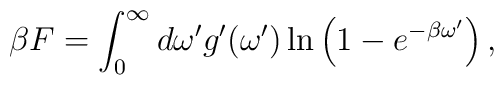
\beta F =  \int_0^\infty d \omega' g' ( \omega') \ln        \left( 1 - e^{- \beta \omega'} \right),